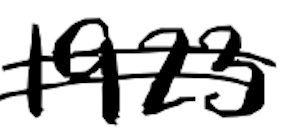
Text: 1923
Cross-out: double-line
Writing tool: digital_black